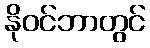
နိုဝင်ဘာတွင်